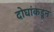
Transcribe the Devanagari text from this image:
दोघांकडून